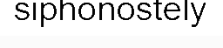
siphonostely